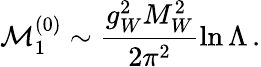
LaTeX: \mathcal{M}_{1}^{(0)}\sim\frac{g_{W}^{2}M_{W}^{2}}{2\pi^{2}}\ln\Lambda\, .